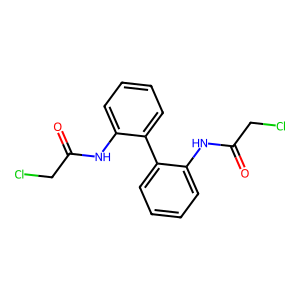
SMILES: O=C(CCl)Nc1ccccc1-c1ccccc1NC(=O)CCl
Inhibits HIV replication: No